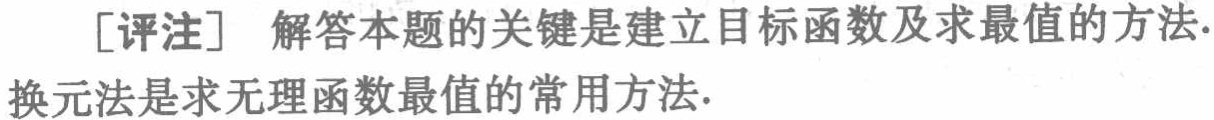
[评注] 解答本题的关键是建立目标函数及求最值的方法.

换元法是求无理函数最值的常用方法.